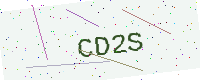
Text: CD2S